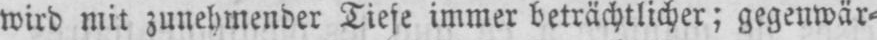
wird mit zunehmender Tiefe immer beträchtlicher; gegenwär⸗